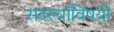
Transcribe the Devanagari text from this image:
सदस्यांविषयी